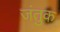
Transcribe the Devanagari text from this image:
जंतुक